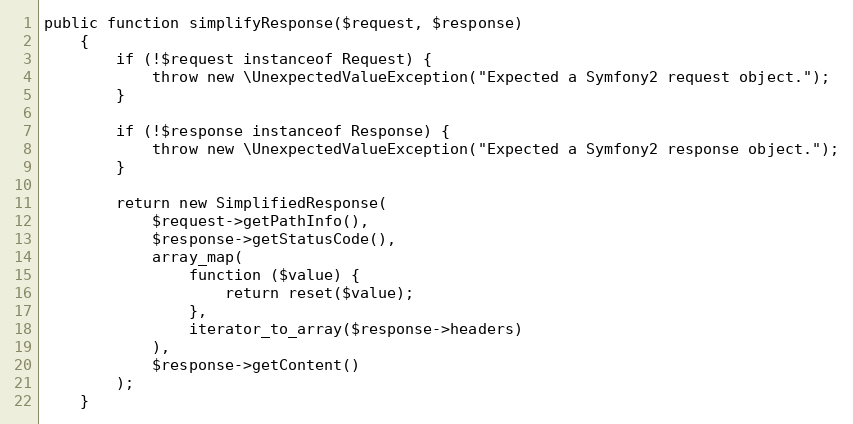
Language: PHP
public function simplifyResponse($request, $response)
    {
        if (!$request instanceof Request) {
            throw new \UnexpectedValueException("Expected a Symfony2 request object.");
        }

        if (!$response instanceof Response) {
            throw new \UnexpectedValueException("Expected a Symfony2 response object.");
        }

        return new SimplifiedResponse(
            $request->getPathInfo(),
            $response->getStatusCode(),
            array_map(
                function ($value) {
                    return reset($value);
                },
                iterator_to_array($response->headers)
            ),
            $response->getContent()
        );
    }